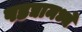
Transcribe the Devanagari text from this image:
पडद्यामध्ये